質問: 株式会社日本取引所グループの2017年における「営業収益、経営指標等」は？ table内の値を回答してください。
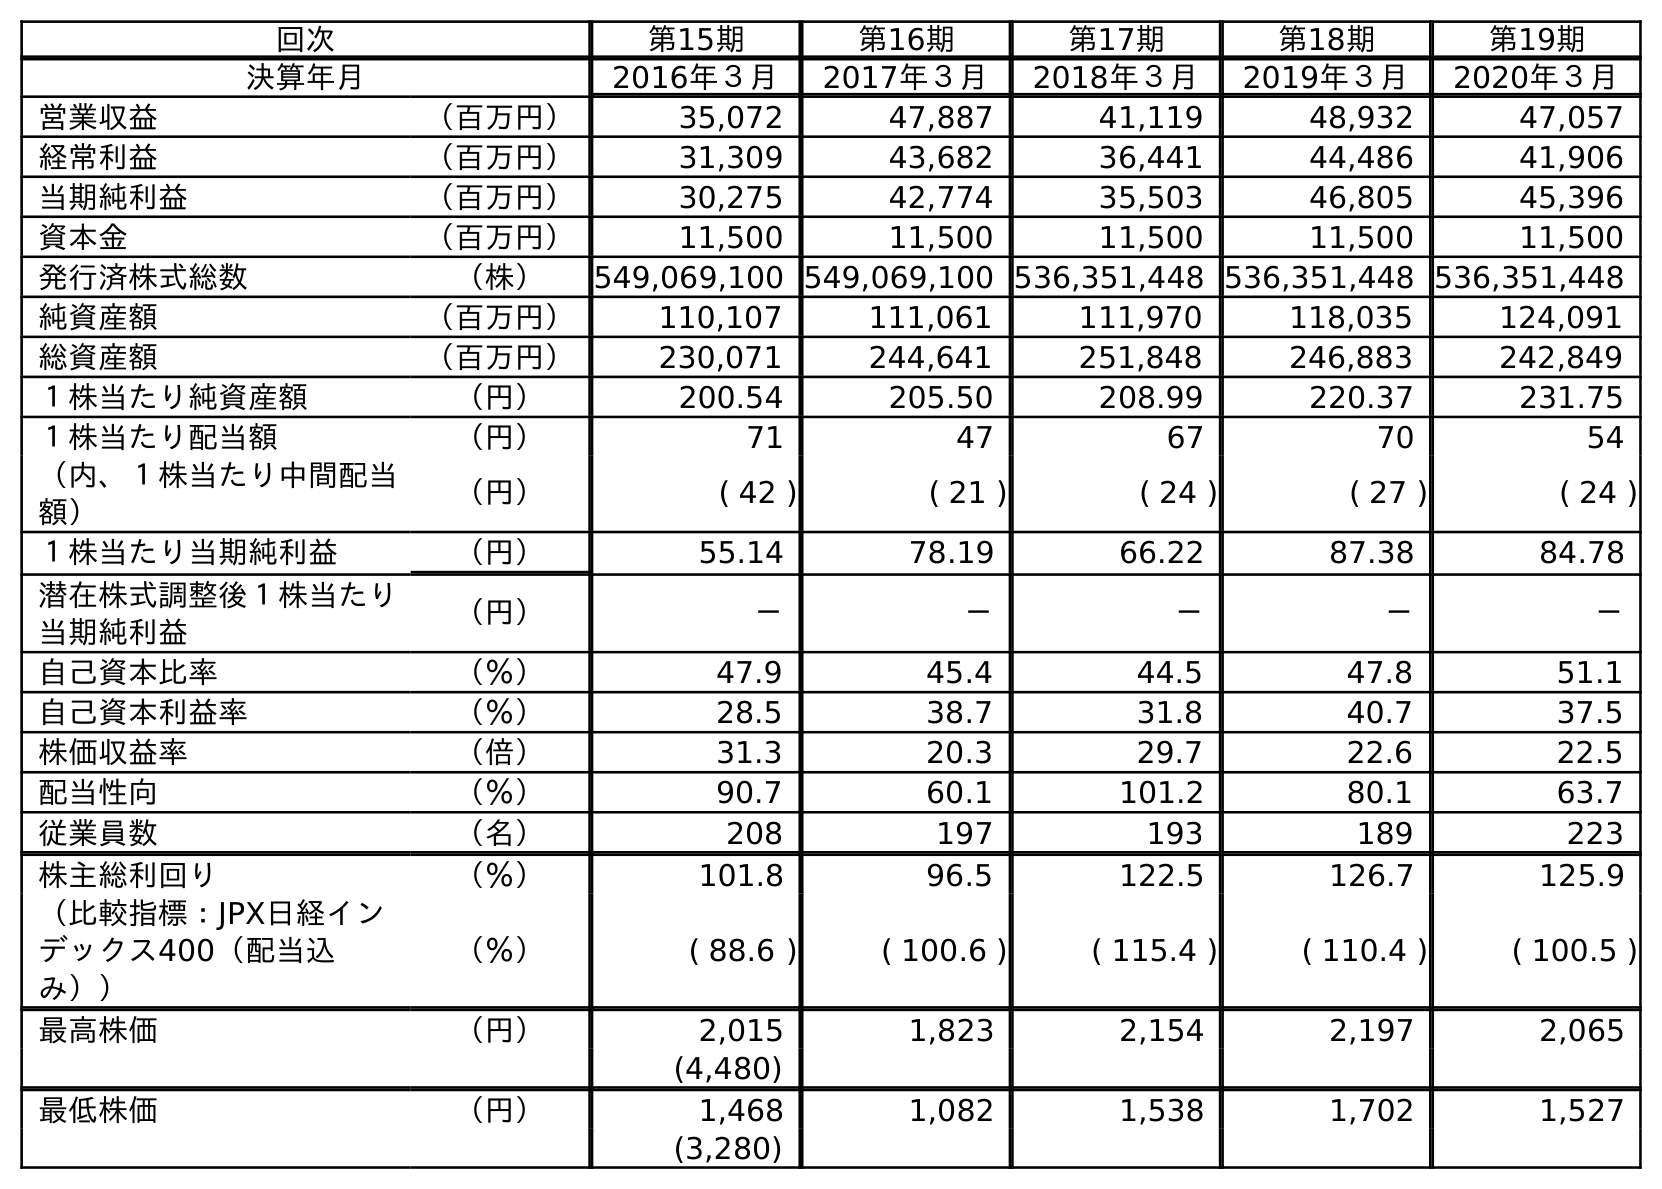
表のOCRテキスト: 回次 第15期 第16期 第17期 第18期 第19期 決算年月 2016年３月 2017年３月 2018年３月 2019年３月 2020年３月 営業収益 （百万円） 35,072 47,887 41,119 48,932 47,057 経常利益 （百万円） 31,309 43,682 36,441 44,486 41,906 当期純利益 （百万円） 30,275 42,774 35,503 46,805 45,396 資本金 （百万円） 11,500 11,500 11,500 11,500 11,500 発行済株式総数 （株） 549,069,100 549,069,100 536,351,448 536,351,448 536,351,448 純資産額 （百万円） 110,107 111,061 111,970 118,035 124,091 総資産額 （百万円） 230,071 244,641 251,848 246,883 242,849 １株当たり純資産額 （円） 200.54 205.50 208.99 220.37 231.75 １株当たり配当額 （円） 71 47 67 70 54 （内、１株当たり中間配当 額） （円） ( 42 ) ( 21 ) ( 24 ) ( 27 ) ( 24 ) １株当たり当期純利益 （円） 55.14 78.19 66.22 87.38 84.78 潜在株式調整後１株当たり 当期純利益 （円） － － － － － 自己資本比率 （％） 47.9 45.4 44.5 47.8 51.1 自己資本利益率 （％） 28.5 38.7 31.8 40.7 37.5 株価収益率 （倍） 31.3 20.3 29.7 22.6 22.5 配当性向 （％） 90.7 60.1 101.2 80.1 63.7 従業員数 （名） 208 197 193 189 223 株主総利回り （％） 101.8 96.5 122.5 126.7 125.9 （比較指標：JPX日経イン デックス400（配当込 み）） （％） ( 88.6 ) ( 100.6 ) ( 115.4 ) ( 110.4 ) ( 100.5 ) 最高株価 （円） 2,015 1,823 2,154 2,197 2,065 (4,480) 最低株価 （円） 1,468 1,082 1,538 1,702 1,527 (3,280)
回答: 47,887